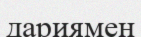
дариямен